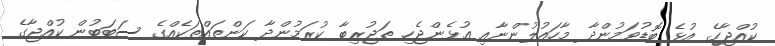
ކުއްޖާގެ އުޅެ ބޮޑުވަމުންދާ މާހައުލުންނާއި އުޅެންޖެހި ތަޖުރިބާ ކުރަމުންދާ ކަންތައްތަކެއްގެ ސަބަބުން ކުއްޖާގެ